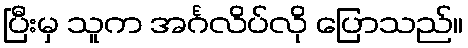
ပြီးမှ သူက အင်္ဂလိပ်လို ပြောသည်။